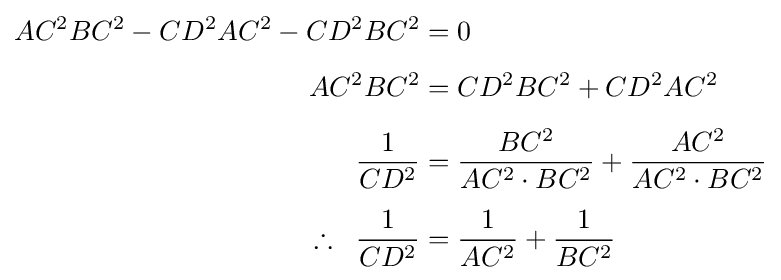
{\begin{aligned}AC^{2}BC^{2}-CD^{2}AC^{2}-CD^{2}BC^{2}&=0\\[4pt]AC^{2}BC^{2}&=CD^{2}BC^{2}+CD^{2}AC^{2}\\[4pt]{\frac {1}{CD^{2}}}&={\frac {BC^{2}}{AC^{2}\cdot BC^{2}}}+{\frac {AC^{2}}{AC^{2}\cdot BC^{2}}}\\[4pt]\therefore \;\;{\frac {1}{CD^{2}}}&={\frac {1}{AC^{2}}}+{\frac {1}{BC^{2}}}\end{aligned}}